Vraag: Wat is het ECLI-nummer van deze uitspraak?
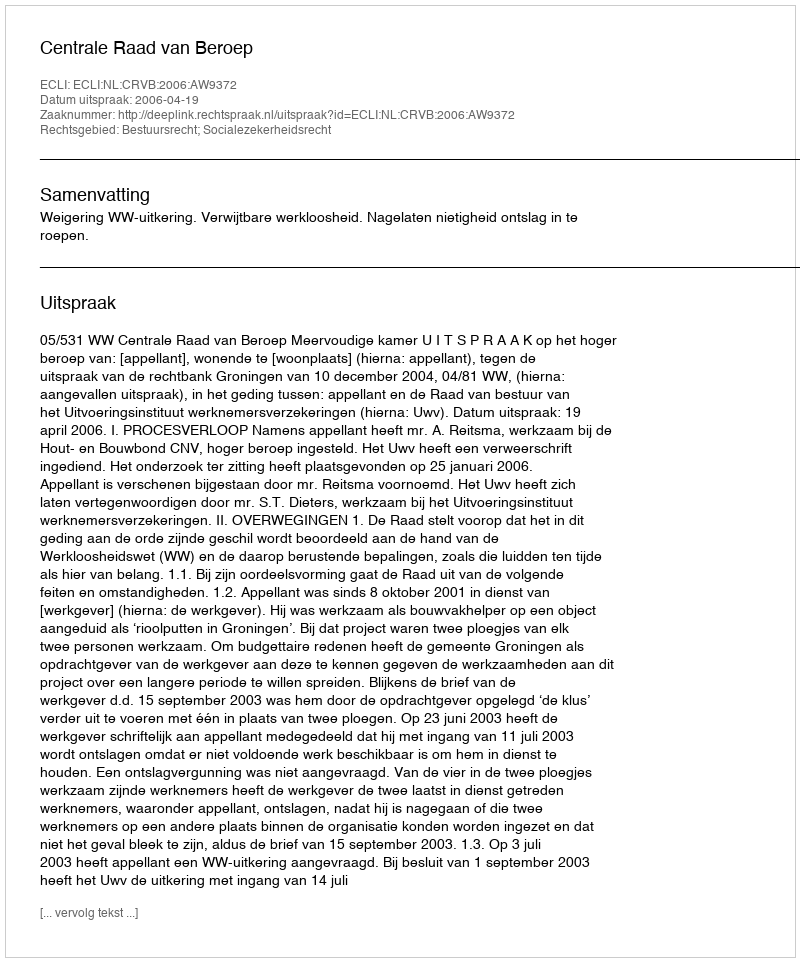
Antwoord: ECLI:NL:CRVB:2006:AW9372